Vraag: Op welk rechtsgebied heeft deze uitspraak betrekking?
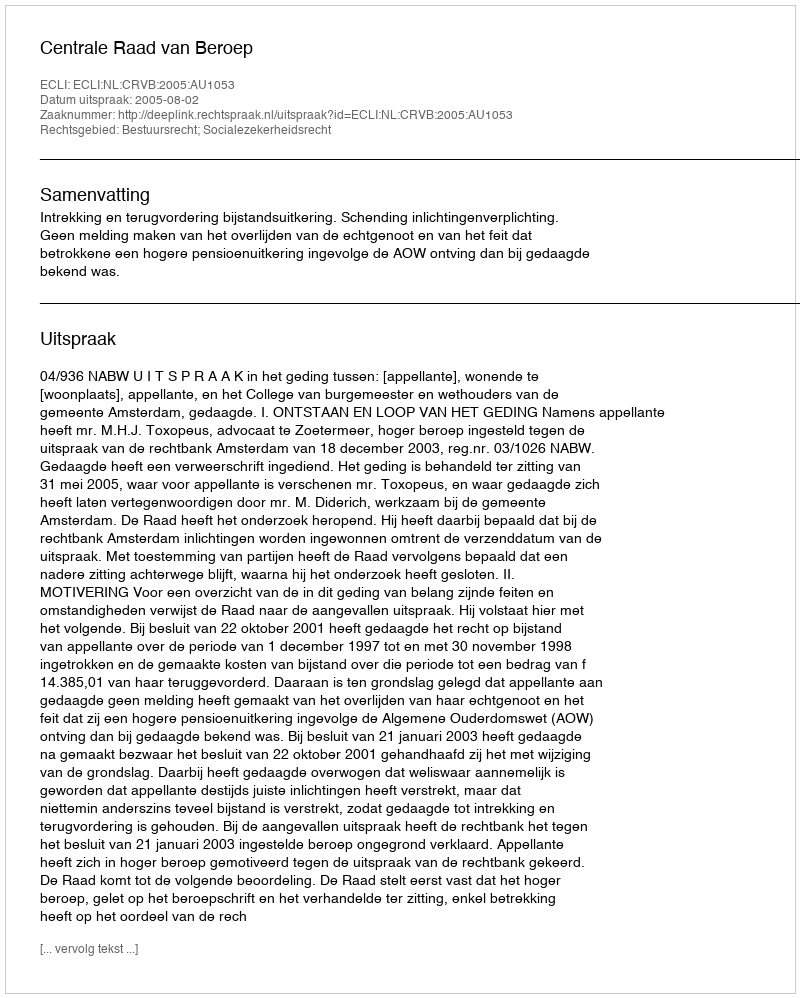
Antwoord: Bestuursrecht; Socialezekerheidsrecht